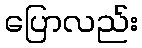
ပြောလည်း